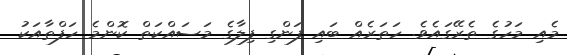
މެއި މަހުގެ ތެރޭގައެވެ. ހަތަރެއް ބައި ފަންގި ފިލާގެ މަސައްކަތް ކޮންމެ ހަފްތާއަކު